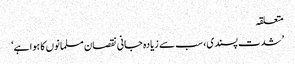
متعلقہ
’شدت پسندی، سب سے زیادہ جانی نقصان مسلمانوں کا ہوا ہے‘